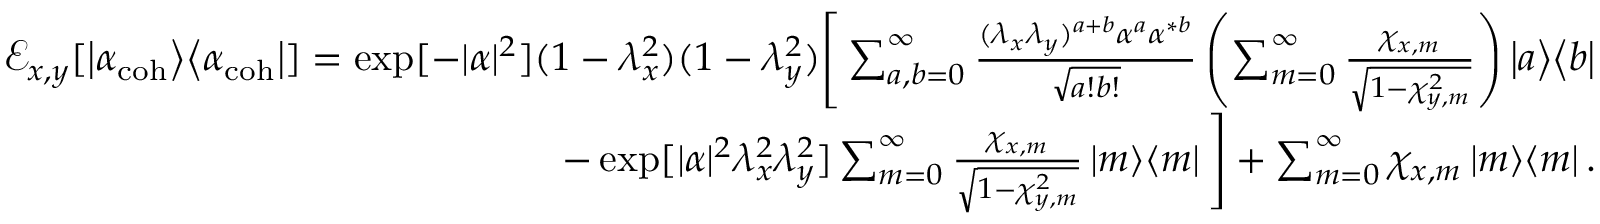
\begin{array} { r } { \mathcal { E } _ { x , y } [ \left| \alpha _ { \mathrm { c o h } } \middle > \middle < \alpha _ { \mathrm { c o h } } \right| ] = \exp [ - | \alpha | ^ { 2 } ] ( 1 - \lambda _ { x } ^ { 2 } ) ( 1 - \lambda _ { y } ^ { 2 } ) \Bigg [ \sum _ { a , b = 0 } ^ { \infty } \frac { ( \lambda _ { x } \lambda _ { y } ) ^ { a + b } \alpha ^ { a } \alpha ^ { * b } } { \sqrt { a ! b ! } } \left( \sum _ { m = 0 } ^ { \infty } \frac { \chi _ { x , m } } { \sqrt { 1 - \chi _ { y , m } ^ { 2 } } } \right) \left| a \middle > \middle < b \right| } \\ { - \exp [ | \alpha | ^ { 2 } \lambda _ { x } ^ { 2 } \lambda _ { y } ^ { 2 } ] \sum _ { m = 0 } ^ { \infty } \frac { \chi _ { x , m } } { \sqrt { 1 - \chi _ { y , m } ^ { 2 } } } \left| m \middle > \middle < m \right| \Bigg ] + \sum _ { m = 0 } ^ { \infty } \chi _ { x , m } \left| m \middle > \middle < m \right| . } \end{array}